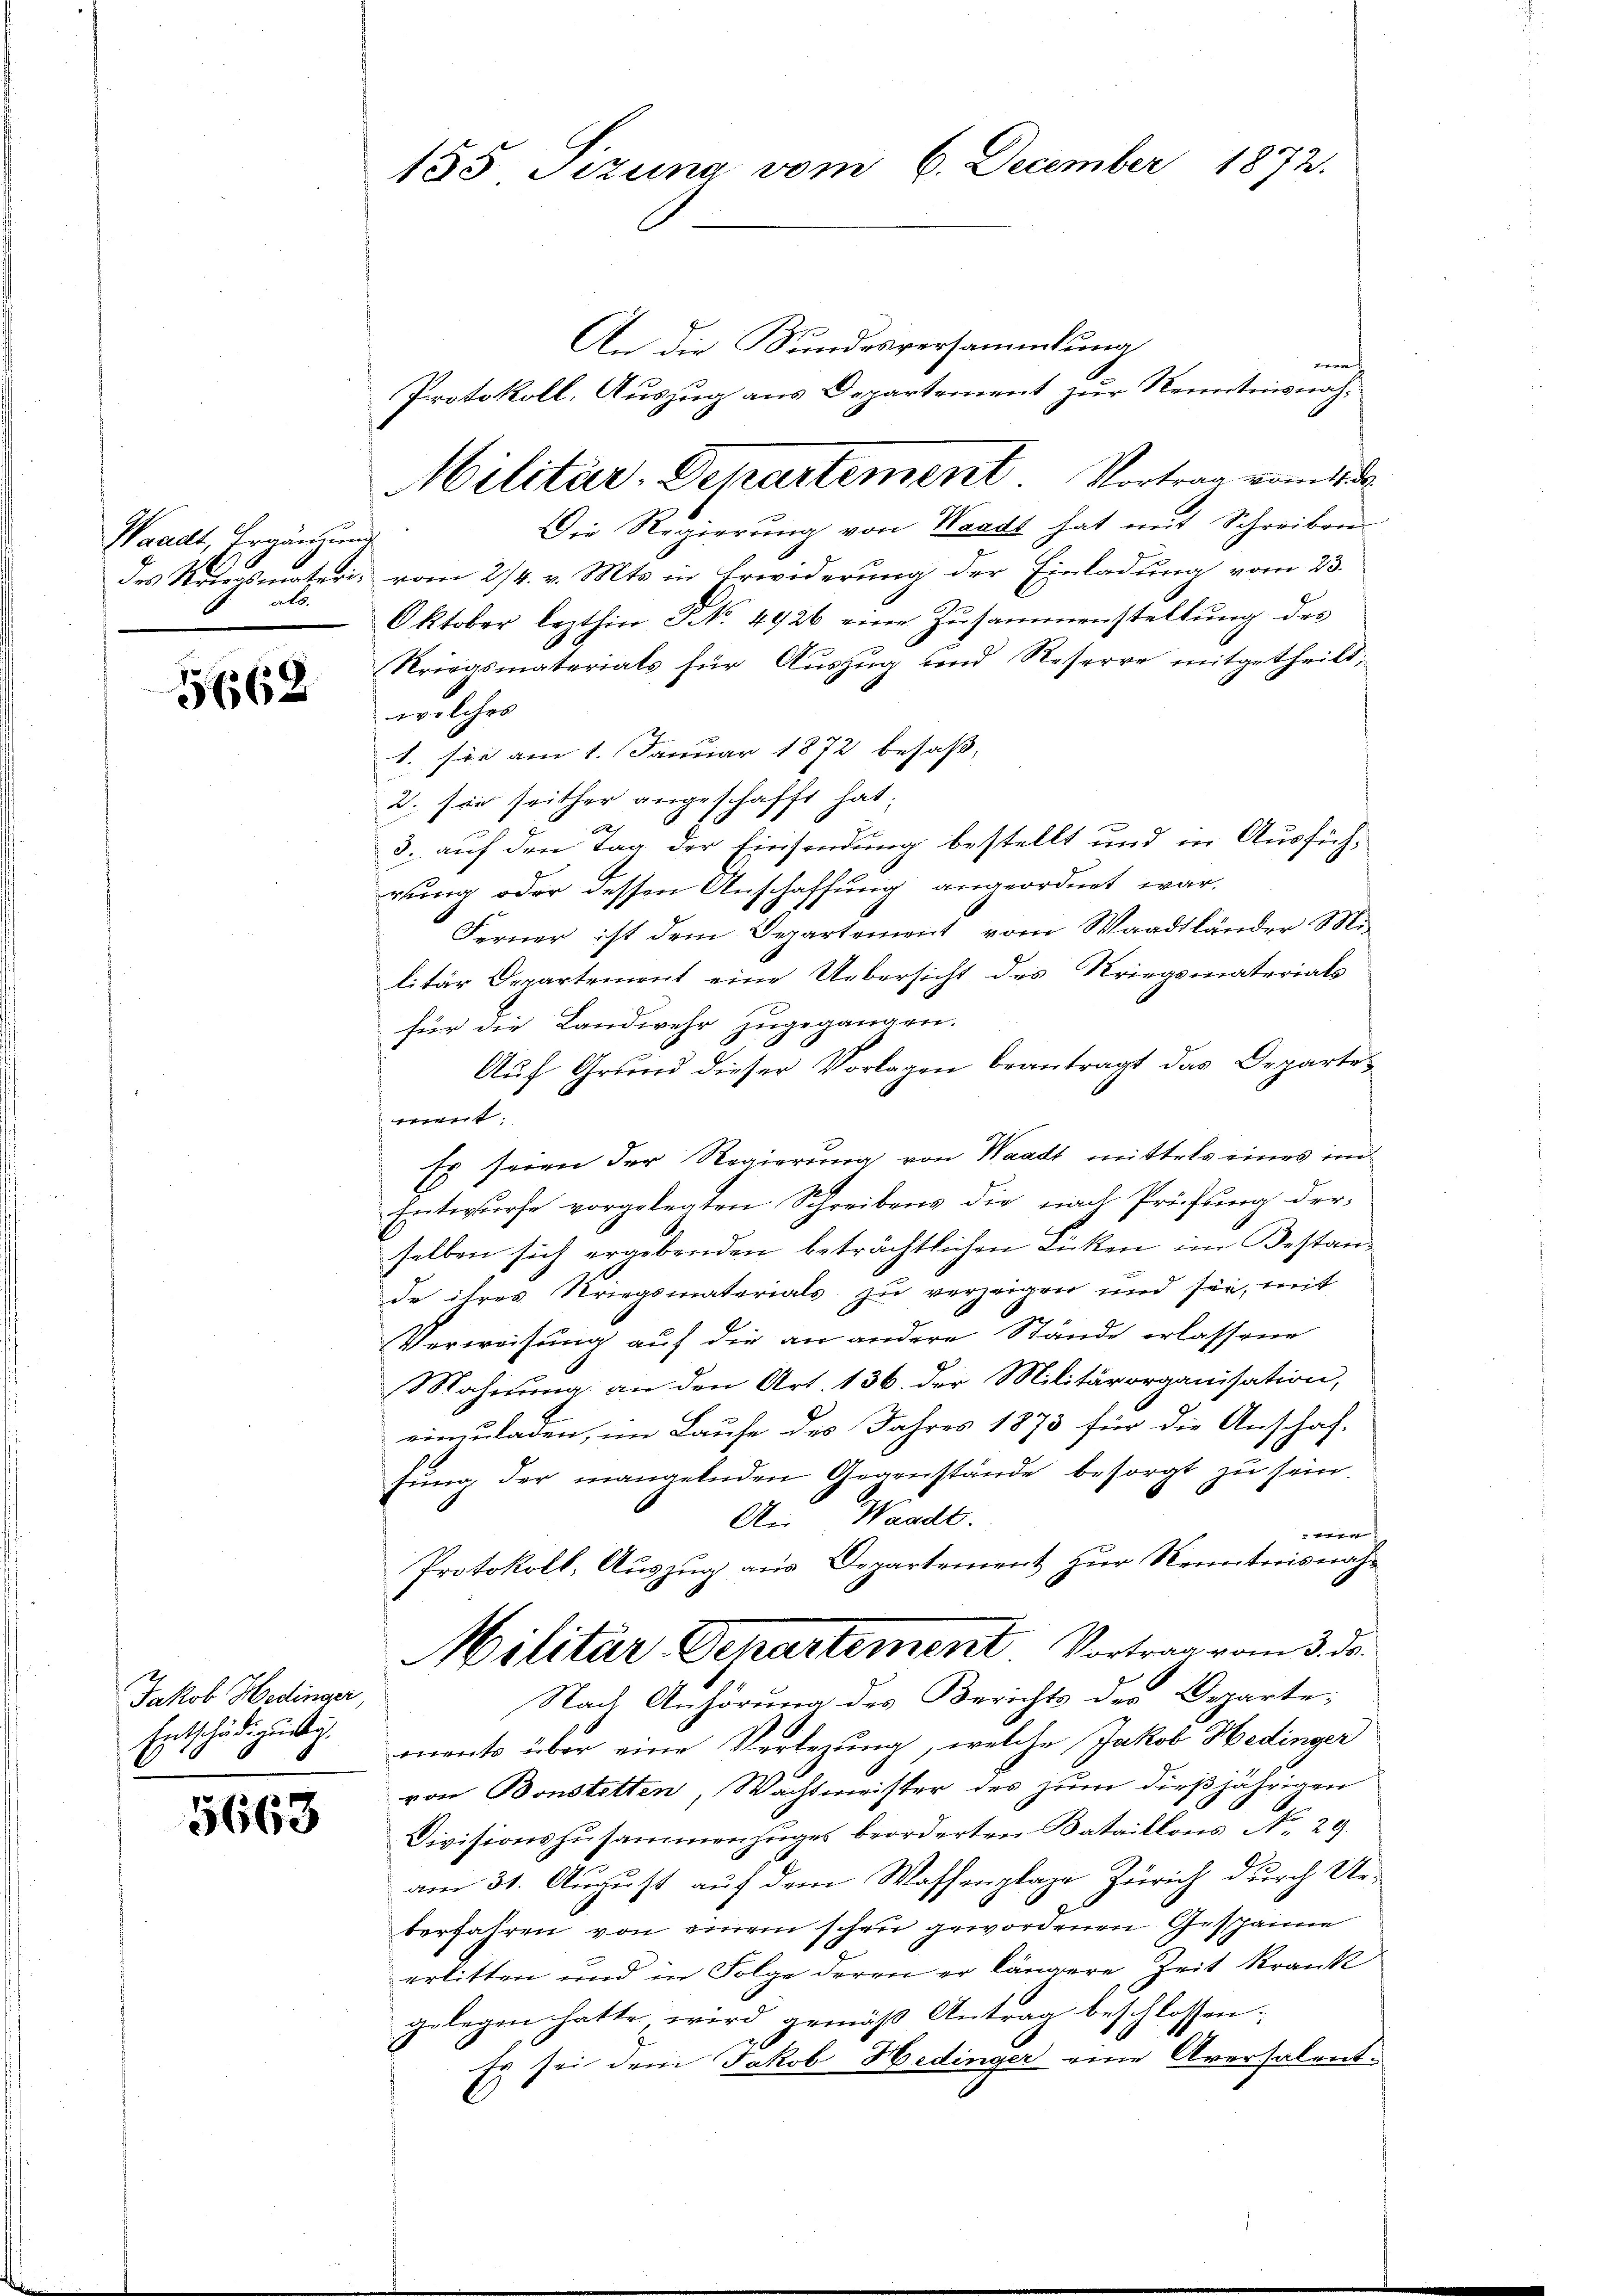
Waadt, Ergänzung
als.

5662

Jakob Hedinger,
Entschädigundig.

5668

155 Sizung vom 6. December 1872.

Protokoll, Auszug aus Departement zur Kenntnisnah¬
Militär-Departement. Vortrag vom 11t
Die Regierung von Waadt hat mit Schreiben

An die Sundesversammlung
nach
des Kriegsmateri, vom 24. v. Mts. in Erwiderung der Einladung vom 23.
Oktober lezthin N. 4926 eine Zŭsammenstellŭng des
Kriegsmaterials für Auszug und Reserre mitgetheilt,
welches
1. sie am 1. Januar 1872 besaß,
2. sie seither angeschafft hat;
3. auf den Tag der Einsendung bestellt und in Ausführung oder dessen Anschaffung angeordnet war.
Ferner ist dem Departement vom Waadtländer Militär Departement eine Uebersicht des Kriegsmaterials
für die Landwehr zugegangen.
Auf Grund dieser Vorlagen beantragt das Departewent:
Es seien der Regierung von Waadt mittels eines im
Entwurfe vorgelegten Schreibens die nach Prüfung der-
selben sich ergebenden beträchtlichen Licken im Bestande ihres Kriegsmaterials zu verzeigen und sie, mit
Verweisung auf die an andere Stände erlassene
Mahnung an den Art. 136. der Militärorganisation,
einzuladen, im Laufe des Jahres 1873 für die Anschaf-
sŭng der mangelnden Gegenstände besorgt zu sein.
An Waadt.
t
Protokoll, Auszug aus Departement zur Kenntnisnah¬
Militär Departement Vortrag vom 3. ds.
Nach Anhörung des Berichts der Departe,
ments über eine Verlegung, welche Jakob Hedinger
von Bonstetten, Wachtmeister des zum dießjährigen
Divisionszusammenzuges beorderten Bataillons No. 29.
am 31. August auf dem Waffenplaze Zürich durch Ue-
berfahren von einem schon gewordenen Geschänne
erlitten und in Folge deren er längere Zeit krank
gelegen hatte, wird gemäß Antrag beschlossen:
Es sei dem Jakob Hedinger eine Aversalent¬